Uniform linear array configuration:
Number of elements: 32
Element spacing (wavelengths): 0.5
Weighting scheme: hamming
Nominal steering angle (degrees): -60
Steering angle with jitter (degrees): -58.044
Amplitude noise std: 0.05
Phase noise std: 0.05

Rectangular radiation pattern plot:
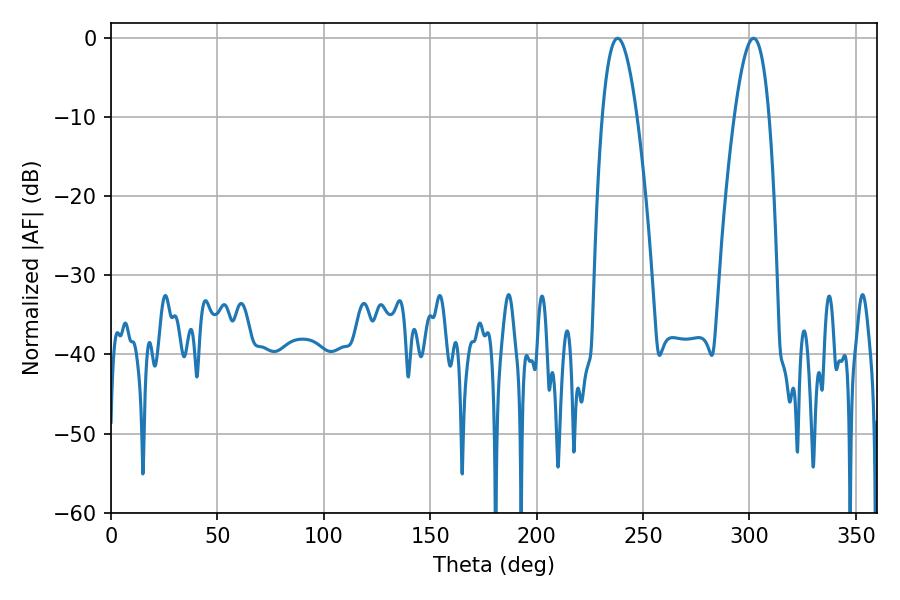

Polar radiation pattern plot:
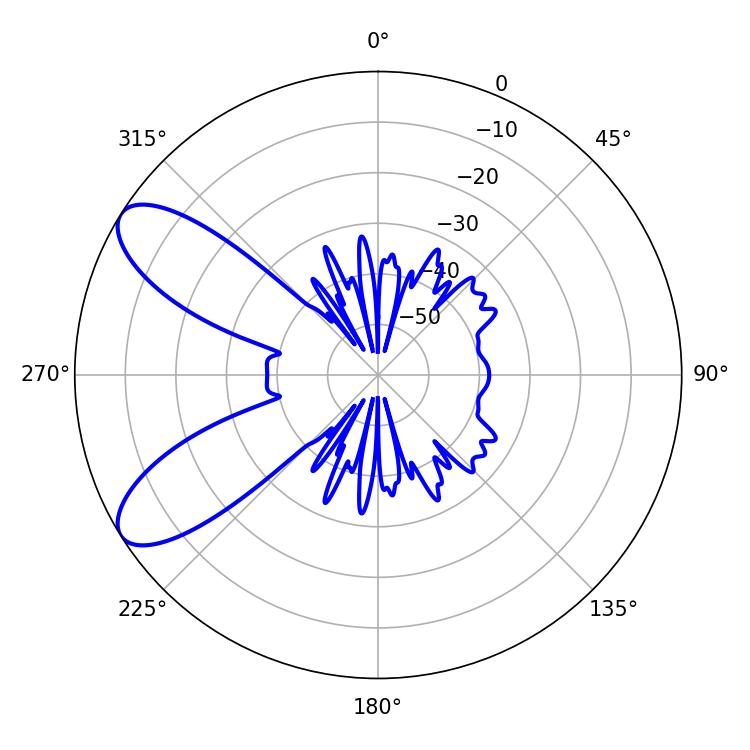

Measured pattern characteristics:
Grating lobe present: FALSE
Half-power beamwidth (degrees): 9
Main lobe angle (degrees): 238.14